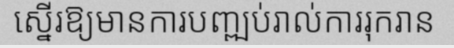
ស្នើរឱ្យមានការបញ្ឍប់រាល់ការរុករាន